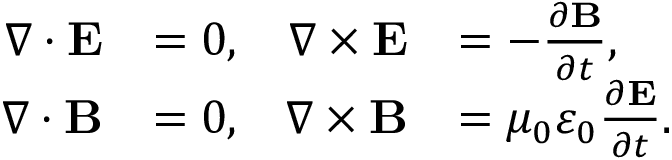
{ \begin{array} { r l r l } { \nabla \cdot \mathbf { E } } & { = 0 , } & { \nabla \times \mathbf { E } } & { = - { \frac { \partial \mathbf { B } } { \partial t } } , } \\ { \nabla \cdot \mathbf { B } } & { = 0 , } & { \nabla \times \mathbf { B } } & { = \mu _ { 0 } \varepsilon _ { 0 } { \frac { \partial \mathbf { E } } { \partial t } } . } \end{array} }